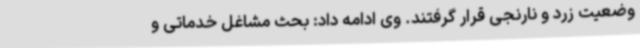
وضعیت زرد و نارنجی قرار گرفتند. وی ادامه داد: بحث مشاغل خدماتی و